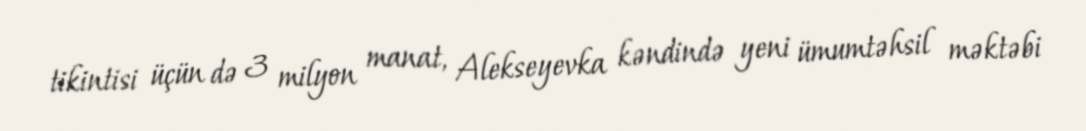
tikintisi üçün də 3 milyon manat, Alekseyevka kəndində yeni ümumtəhsil məktəbi